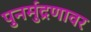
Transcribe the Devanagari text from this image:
पुनर्मुद्रणावर